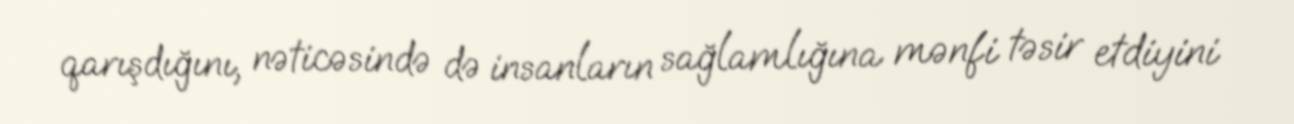
qarışdığını, nəticəsində də insanların sağlamlığına mənfi təsir etdiyini